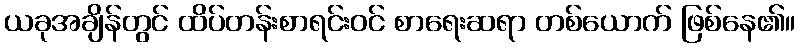
ယခုအချိန်တွင် ထိပ်တန်းစာရင်းဝင် စာရေးဆရာ တစ်ယောက် ဖြစ်နေ၏။